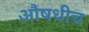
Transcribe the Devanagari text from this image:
औषधीच